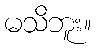
မသိဘူး။